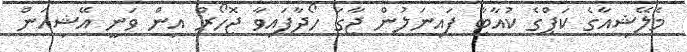
މެލޭޝިއާގެ ކަޕްގެ ކުއާޓާ ފައިނަލުން ޖާގަ ހޯދާފައިވާ ޖޮހޯރް އިން ވަނީ އޭޝިއަން